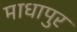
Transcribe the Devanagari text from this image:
माधापुर